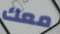
معك